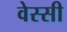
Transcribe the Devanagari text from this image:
वेस्सी